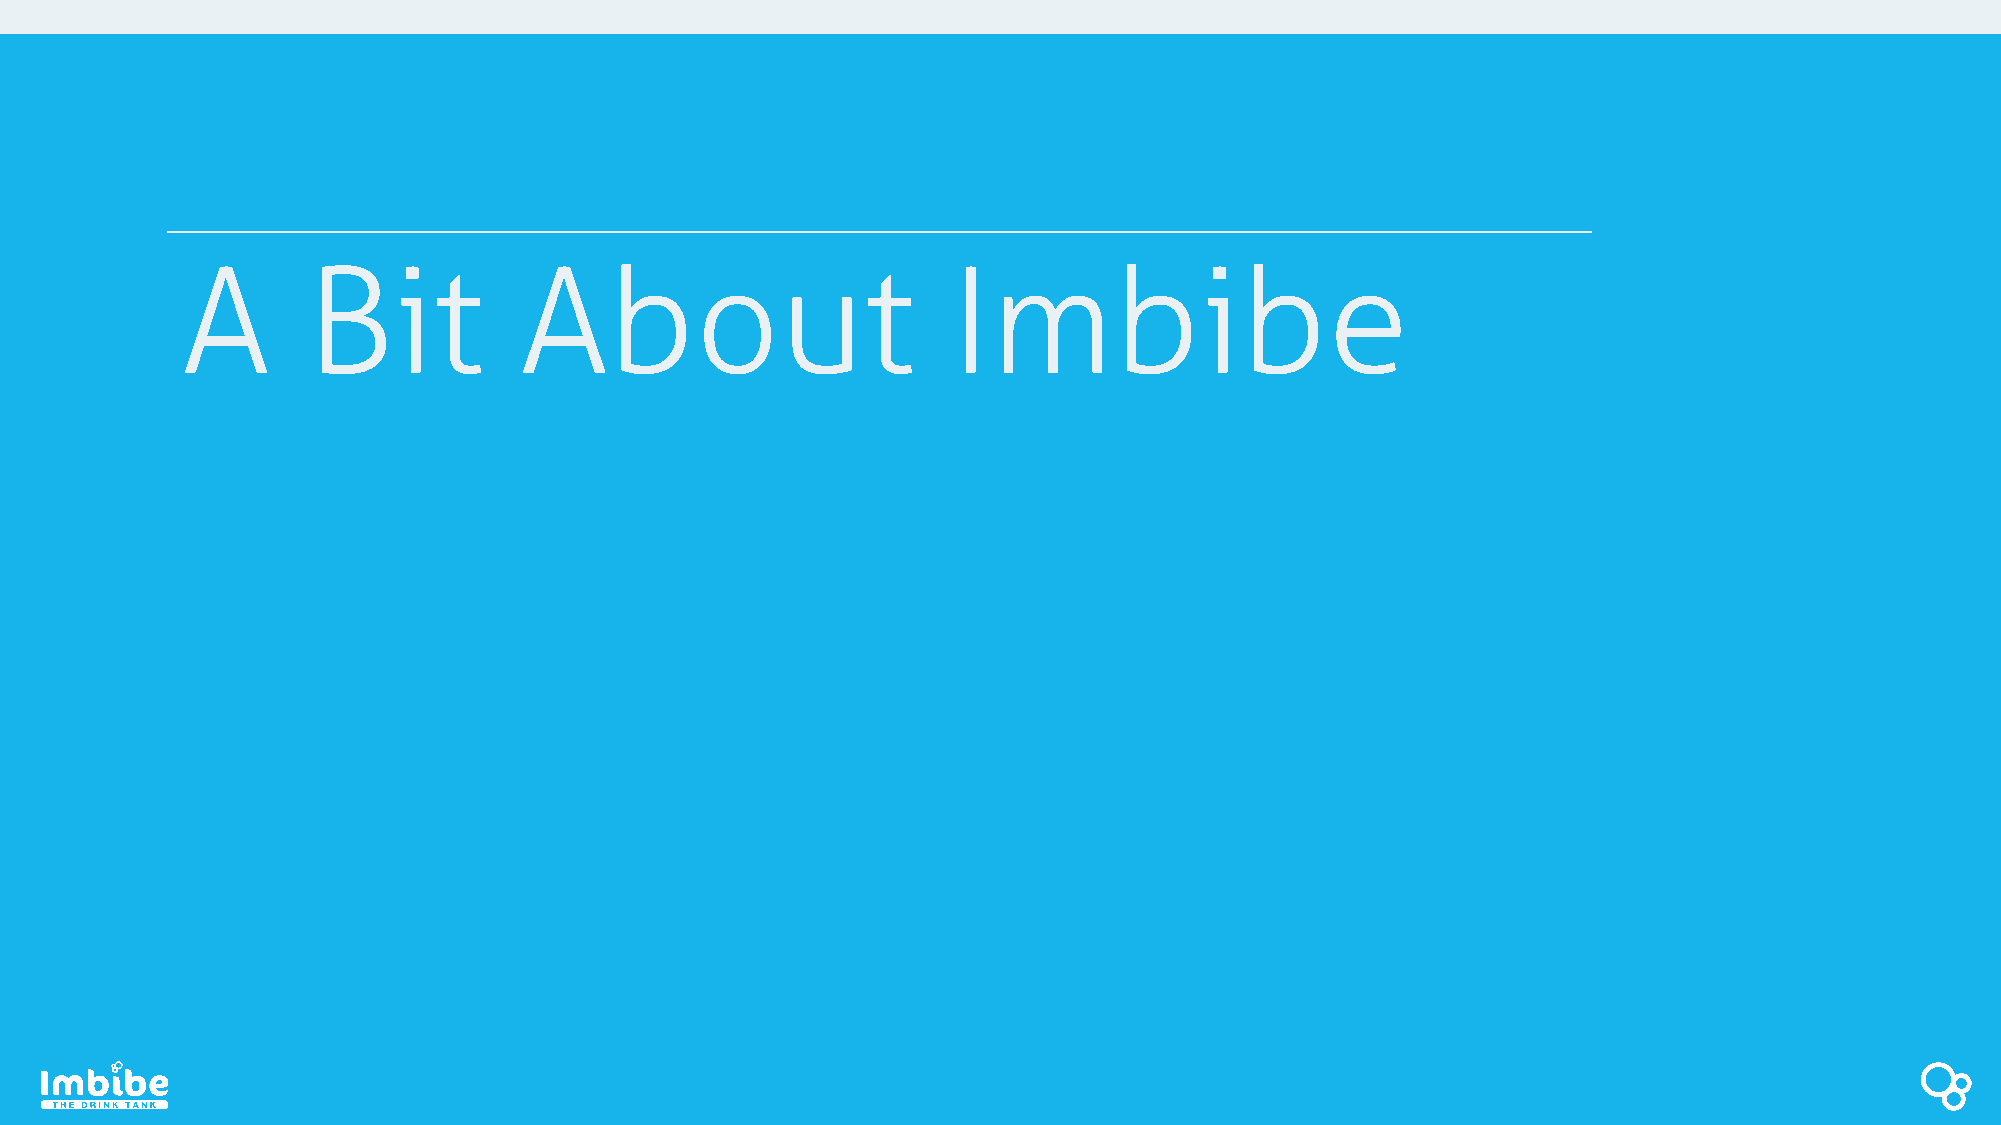
A       Bit           About                        Imbibe